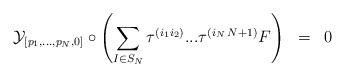
\begin{align*}{\cal{Y}}_{[ p_1 ,..., p_N ,0]} \circ \left( \sum_{I \in S_N} \tau^{( i_1 i_2 )} ... \tau^{( i_N \, N+1)} F \right) \;\; =\;\; 0 \end{align*}